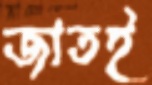
জাতই